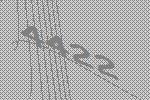
4422